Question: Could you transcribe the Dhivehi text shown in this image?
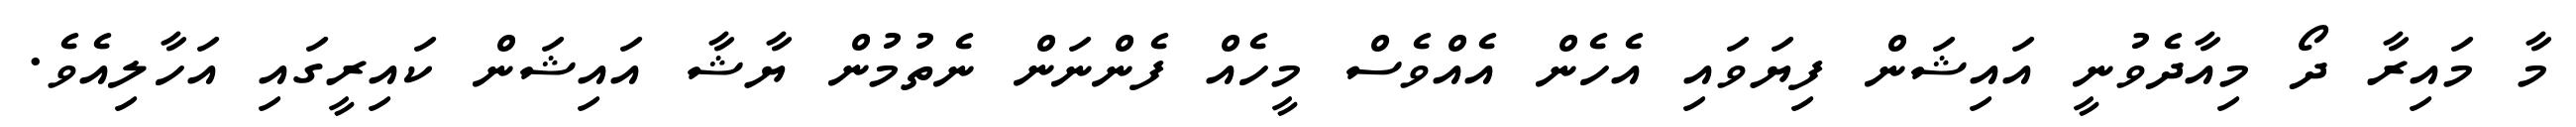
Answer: މާ މައިރާ ދޯ މިއާދެވުނީ އައިޝަން ފިޔަވައި އެހެން އެއްވެސް މީހެއް ފެންނަން ނެތުމުން ޔާޝާ އައިޝަން ކައިރީގައި އަހާލިއެވެ.